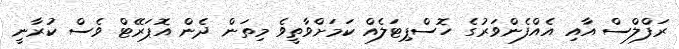
ރަފްލްސް އާއި އެއްފެންވަރުގެ ހޮސްޕިޓަލެއް ކަމަށްވާތީވެ މިތަން ދެން އޮޕަރޭޓް ވެސް ކުރާނީ